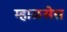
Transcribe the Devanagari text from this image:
म्हाळसेस